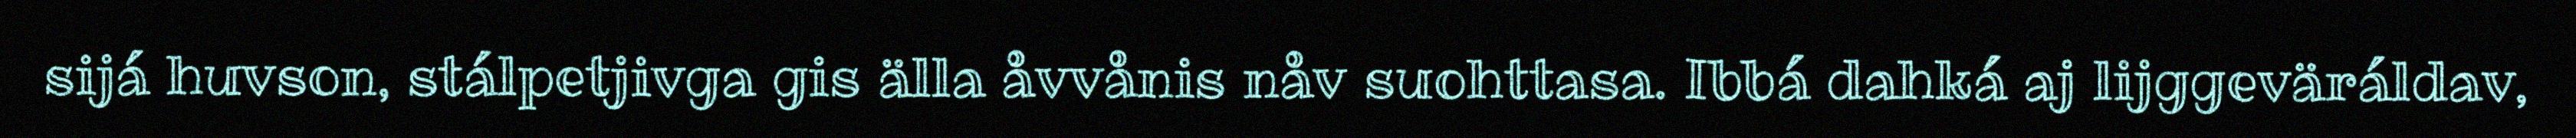
sijá huvson, stálpetjivga gis älla åvvånis nåv suohttasa. Ibbá dahká aj lijggeväráldav,